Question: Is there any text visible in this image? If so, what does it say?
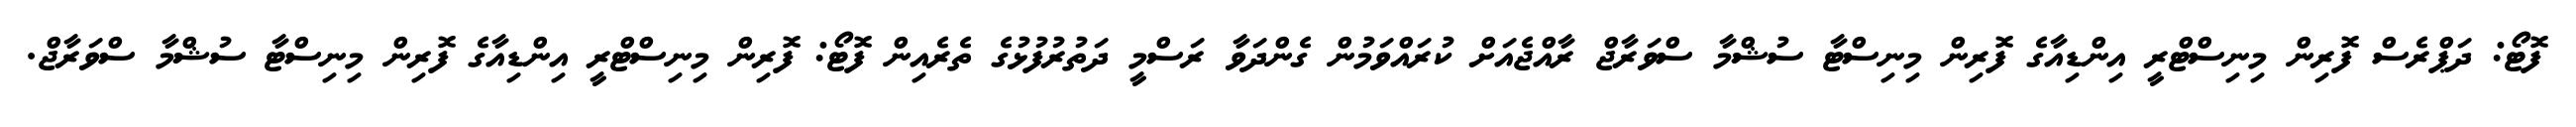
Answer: ފޮޓޯ: ދަޕްރެސް ފޮރިން މިނިސްޓްރީ އިންޑިއާގެ ފޮރިން މިނިސްޓާ ސުޝްމާ ސްވަރާޖް ރާއްޖެއަށް ކުރައްވަމުން ގެންދަވާ ރަސްމީ ދަތުރުފުޅުގެ ތެރެއިން ފޮޓޯ: ފޮރިން މިނިސްޓްރީ އިންޑިއާގެ ފޮރިން މިނިސްޓާ ސުޝްމާ ސްވަރާޖް.